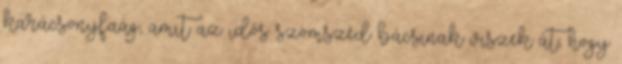
karácsonyfaág, amit az idős szomszéd bácsinak viszek át, hogy